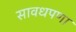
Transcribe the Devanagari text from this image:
सावधपणा